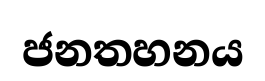
ජනතහනය